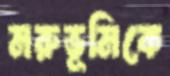
মরুভূমিকে